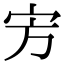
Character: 㝑